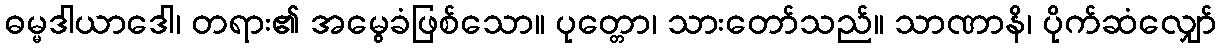
ဓမ္မဒါယာဒေါ၊ တရား၏ အမွေခံဖြစ်သော။ ပုတ္တော၊ သားတော်သည်။ သာဏာနိ၊ ပိုက်ဆံလျှော်